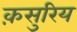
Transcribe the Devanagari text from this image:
क़सुरिय